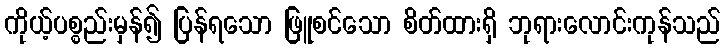
ကိုယ့်ပစ္စည်းမှန်၍ ပြန်ရသော ဖြူစင်သော စိတ်ထားရှိ ဘုရားလောင်းကုန်သည်